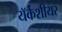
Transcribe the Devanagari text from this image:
यॅर्कशीयर